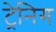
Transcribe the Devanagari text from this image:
ट्रेनिग